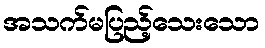
အသက်မပြည့်သေးသော